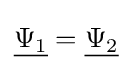
{\underline {\Psi _{1}}}={\underline {\Psi _{2}}}